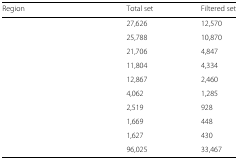
<table><thead><tr><td><b>Region</b></td><td><b>Total set</b></td><td><b>Filtered set</b></td></tr></thead><tbody><tr><td>[EMPTY_CELL]</td><td>27,626</td><td>12,570</td></tr><tr><td>[EMPTY_CELL]</td><td>25,788</td><td>10,870</td></tr><tr><td>[EMPTY_CELL]</td><td>21,706</td><td>4,847</td></tr><tr><td>[EMPTY_CELL]</td><td>11,804</td><td>4,334</td></tr><tr><td>[EMPTY_CELL]</td><td>12,867</td><td>2,460</td></tr><tr><td>[EMPTY_CELL]</td><td>4,062</td><td>1,285</td></tr><tr><td>[EMPTY_CELL]</td><td>2,519</td><td>928</td></tr><tr><td>[EMPTY_CELL]</td><td>1,669</td><td>448</td></tr><tr><td>[EMPTY_CELL]</td><td>1,627</td><td>430</td></tr><tr><td>[EMPTY_CELL]</td><td>96,025</td><td>33,467</td></tr></tbody></table>